Bréfritari: Baldvin Guðmundsson
Viðtakandi: Halldór Jónsson
Dagsetning: A-1873-05-01
Skrifað á: Viðvík  N-Múl.

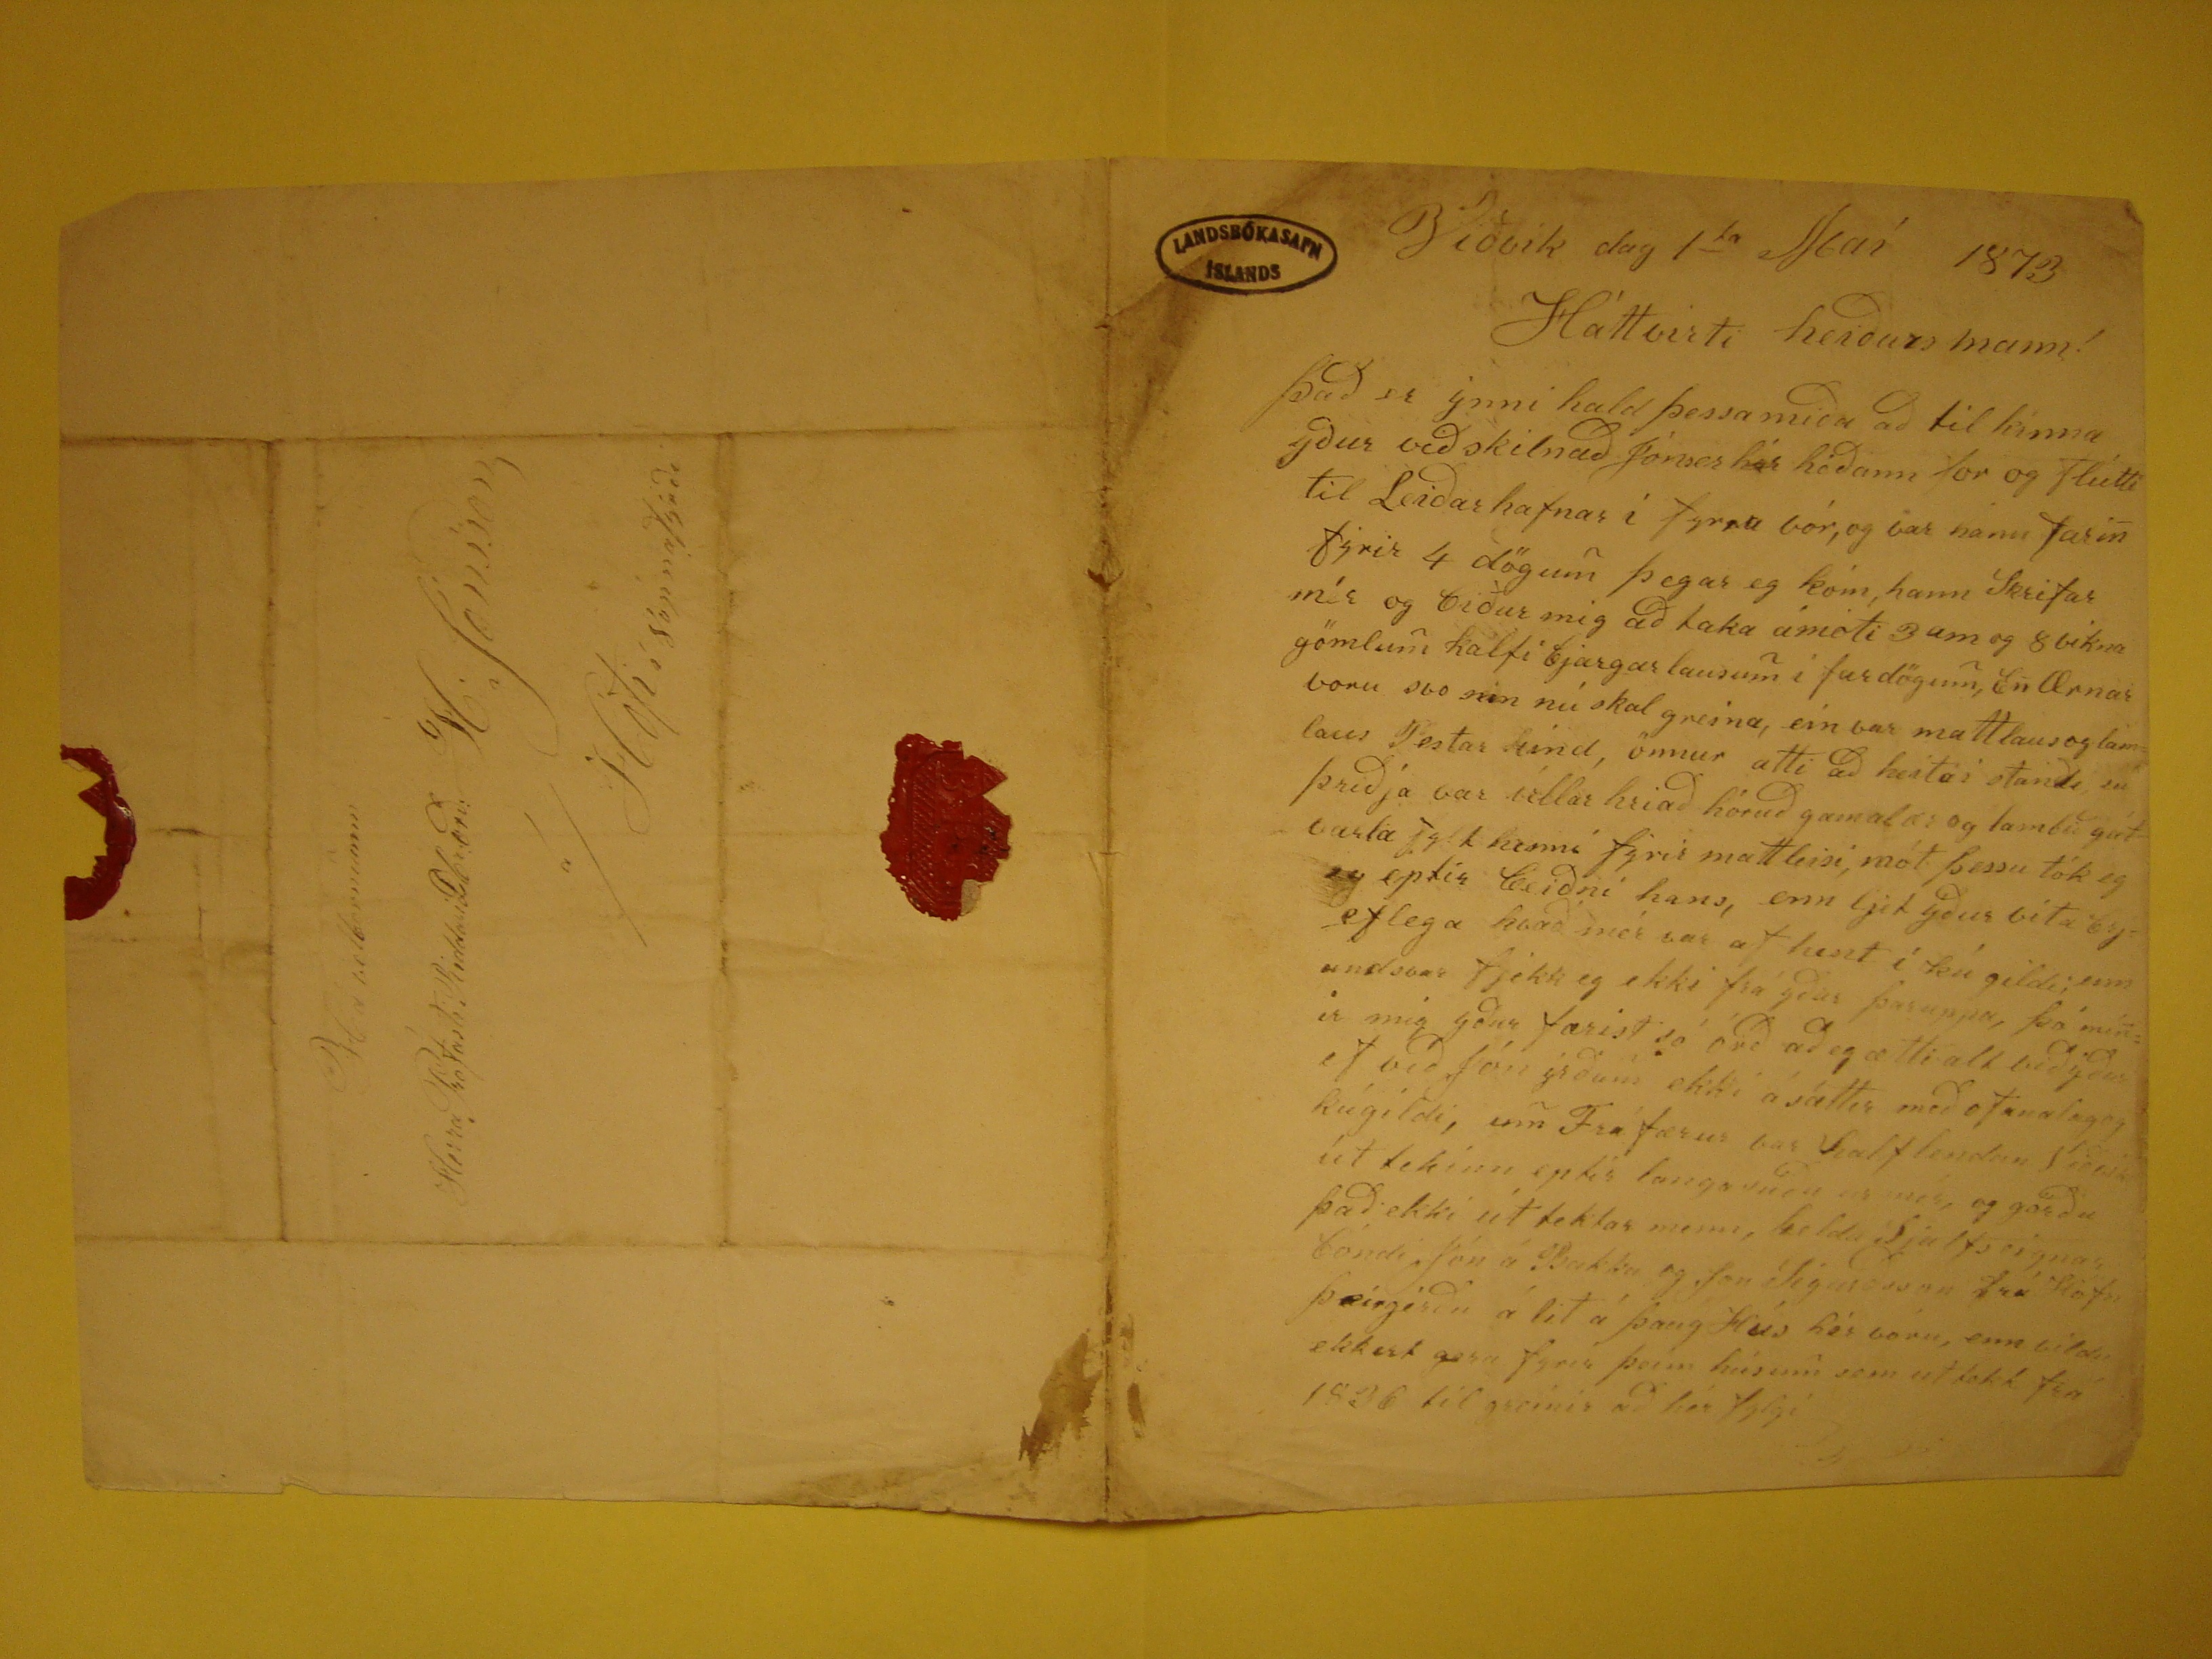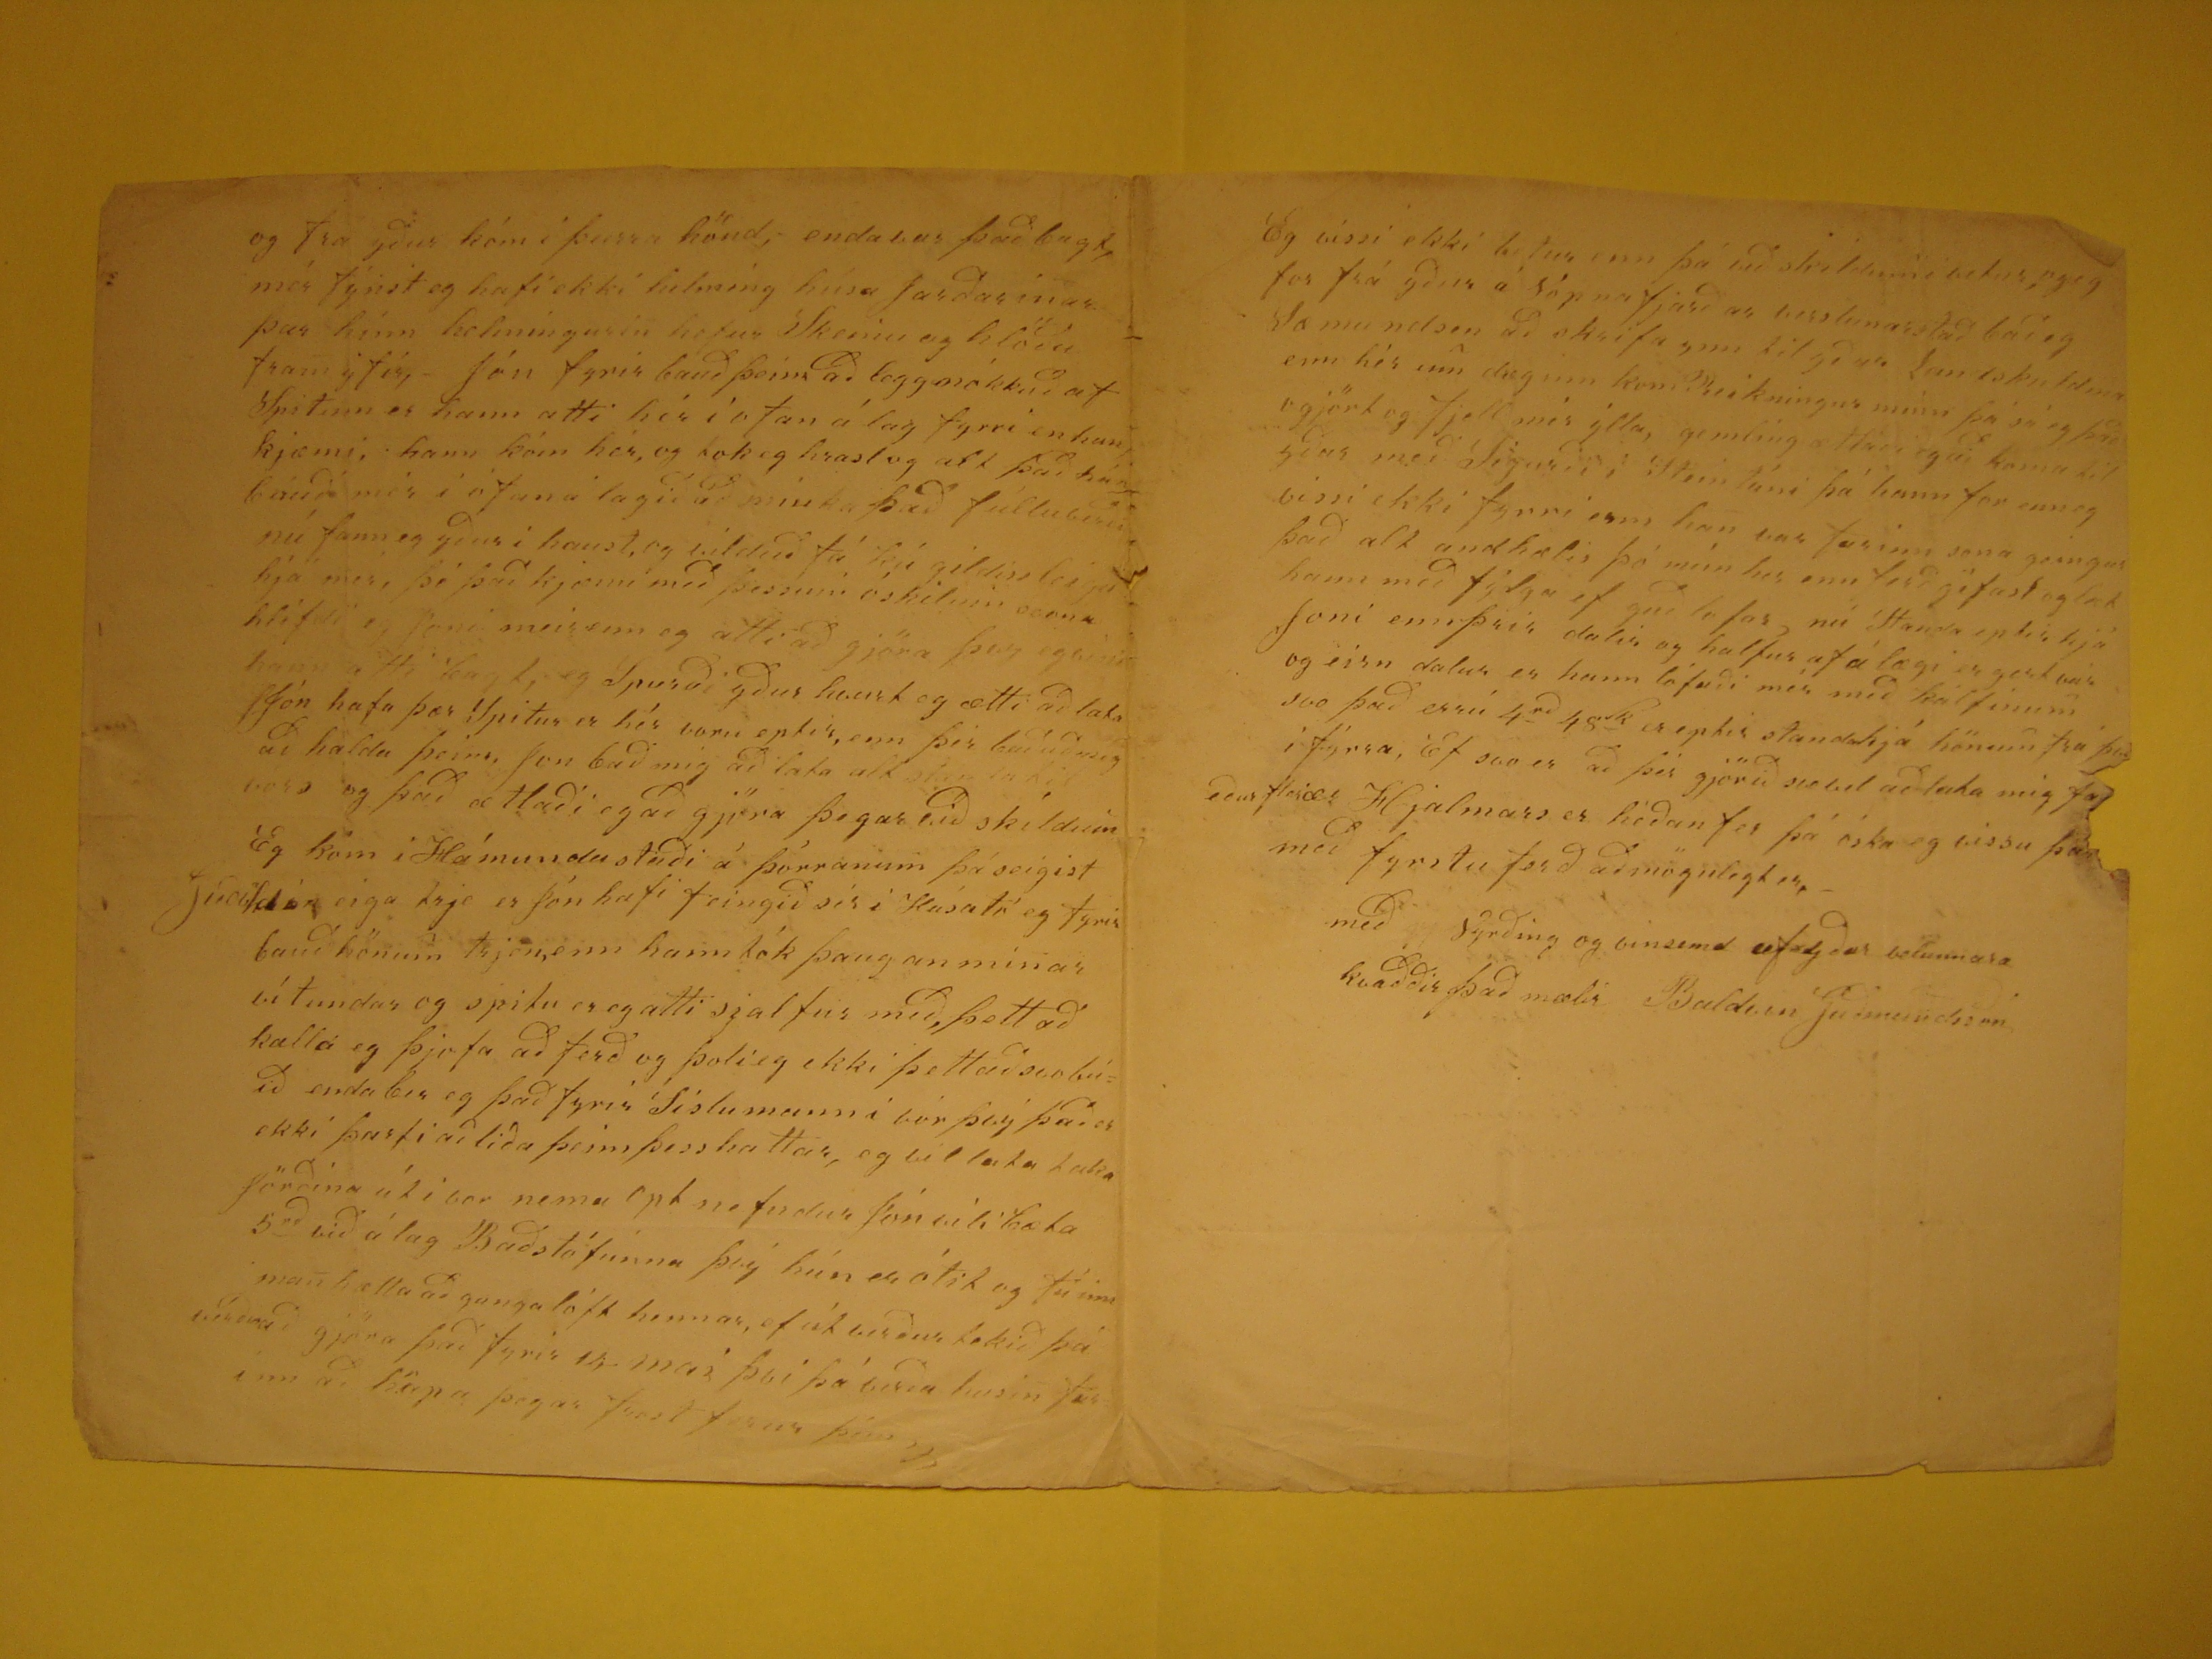

Viðvik dag 1
ta
Maí 1873
Háttvirti heiðurs mann!
Það er ýnni hald þessa miða að til kinna yður við skilnað Jónser
héðann
for og flutti til Leiðarhafnar í fyrra vór, og var
hann farin fyrir 4 dögum þegar eg kóm, hann skrifar mér og biður mig að taka ámóti 3um og 8 vikna gömlum kálfi bjargar lausum í fardögum, En Ærnar voru
svo sem nú skal greina, ein var mattlaus og lablaus Pestar kind, önnur ætti að heita i standi en þriðja var
irllar hriað
hóruð gamalær og
lambið gát varla fylt henni fyrir mattleisi, mót þessu tók eg
eg
eptir beiðni hans, enn ljet yður vita brjeflega harðindi
var af hent í kú gildi, um
undsant
fjekk eg ekki frá yður þar uppa, þó mínir migyður farist sá orð að eg ætti alt við yður ef við Jón yrðum
ekki ásáttir með ofanalagog kúgildi, um Frá færur var halflendan
síður
út tekinn eptir langasuðu ur mér, og görðu það ekki úttektar menn,
heldu Sjalfseignar bóndi Jón á Bakka og Jon Sigurðsson frá Höfn þeirgirðu á lit á þaug Hús hér voru, enn vildu ekkert gera fyrir þeim húsum sem ut tekk frá 1836 til
greinir að hér fylgi
og fer yður kóm í þeirra hönd; enda bar það bugt, mér fynst eg hafi ekki helmíng húsa jarðarinar þar hínn helmíngurin hefur skemu og hlöðu fram yfir,-
Jón fyrir bauð þeim að leggmókkuð af
spitinn
er hann ætti hér í ofan á lag fyrri en han kjæmi, hann kóm hér, og tok eg hrastog alt það hún
bauð mér í ófan á lag að mínka það fulluberði nú fann eg yður í haust, og vilduð fá kú gildin leigu hjá mer, þá það kjæmu með þessum óskilum svona hlifdi eg
Jóni meir enn eg ætti að gjöra þeg eg vissir hann átti lengt, eg spurði yður hvert eg ætti að lata Jón hafa þær Spitur er hér voru eptir, ejj þer buðuð mig að
halda þeim, Jon bað mig að lata alt
stan takir
vóra og það ætlaði eg að gjöra þegar við skildum Eg kom í Hámundustaði á þórranum þá seigist
???
eiga trje er Jón hafi feingið sér í kúsató eg fyrir bauð hönum trjen, enn hann tók þaug an mínar vítundar og spítu er eg atti sjalfur með,
þott að kalla eg þjofa að ferð og þoli eg ekki þettað svo búið enda bir eg það fyrir síslumanni vór eg það er ekki þarfi að liða þeim þess hattar, eg vil lata taka
jörðina út i vor nema opt nefndur Jón viti bæta 5
nd
á lag Baðstófunna þvý hún er ótit og fúinn
man hælla að ganga lóft hennar, ef út verður, tekið þá verðurað gjöra það fyrir 14 maí þvi þá verða husin ferinn að höpa þegar frost
ferur þín
Eg vissi ekki betur enn þá að skildum i vetur, og eg for frá yður á Vópnafjarðar verslunarstað bað eg Væmundsen að skrifa ynn til yður. landskuldina enn
hér um dæginn kom Reikningur minn þá sá eg það ogjört eg fjell mér ylla, gemling ætlaði eg að koma til yður með Sigurði i Steintúni þá hann for enn eg vissi ekki
fyrri enn han var farinn sona geingur það alt andhælis þó mín her enn ferð géfast og læt hann með fylga ef guð lofar, nú standa eptir hjá Jono ennþrir dalir og
halfur af á lægi er gert var og eirn dalur er hann lófuði mér með kálfinum svo það erru 4
rd
48
K
er eptir standahjá hönum frá þvi i fyrra, Eg svo er að þér gjörið svo vel að lata mig fa eður flerær Hjalmars er héðan fer þá óskla eg vissu þar með fyrstu ferð
að mögulegt er,
með Vyrðing og vinsemd af yður velunnara kvaddir það mælir Baldvin Guðmundsson
Há velbornum
Herra Prófasti Riddari
Dbrorð
: H. Jonsson
á/ Hofi í Vopnafyrði